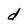
Character: d